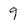
Character: 9